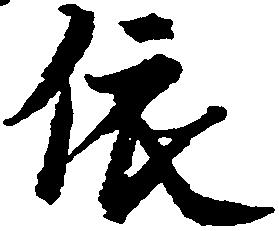
依